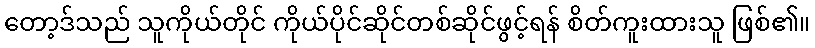
တော့ဒ်သည် သူကိုယ်တိုင် ကိုယ်ပိုင်ဆိုင်တစ်ဆိုင်ဖွင့်ရန် စိတ်ကူးထားသူ ဖြစ်၏။